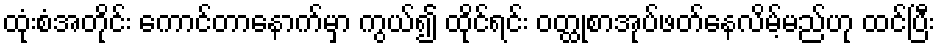
ထုံးစံအတိုင်း ကောင်တာနောက်မှာ ကွယ်၍ ထိုင်ရင်း ဝတ္ထုစာအုပ်ဖတ်နေလိမ့်မည်ဟု ထင်ပြီး